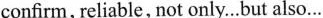
confirm, reliable, not only…but also…